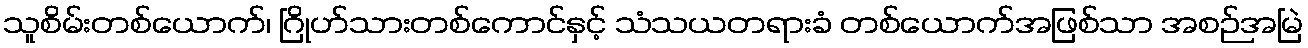
သူစိမ်းတစ်ယောက်၊ ဂြိုဟ်သားတစ်ကောင်နှင့် သံသယတရားခံ တစ်ယောက်အဖြစ်သာ အစဉ်အမြဲ